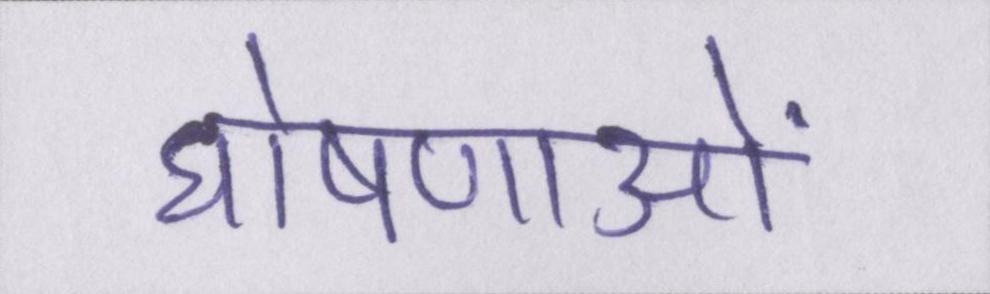
घोषणाओं